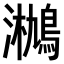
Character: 𤄄